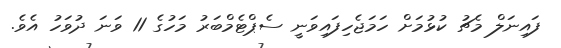
ފައިނަލް މެޗު ކުޅުމަށް ހަމަޖެހިފައިވަނީ ސެޕްޓެމްބަރު މަހުގެ 11 ވަނަ ދުވަހު އެވެ.